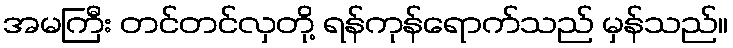
အမကြီး တင်တင်လှတို့ ရန်ကုန်ရောက်သည် မှန်သည်။